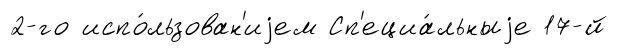
2-го испо́льзован'иjем Сп'ециа́льныjе 17-й